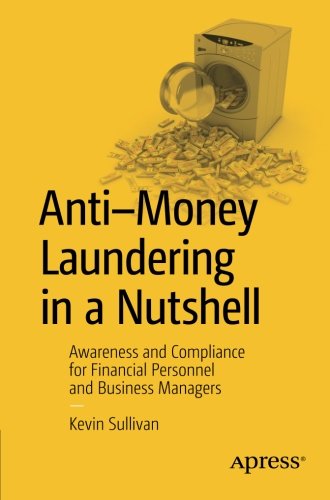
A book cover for Anti-Money Laundering in a Nutshell: Awareness and Compliance for Financial Personnel and Business Managers; Kevin Sullivan; Business & Money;